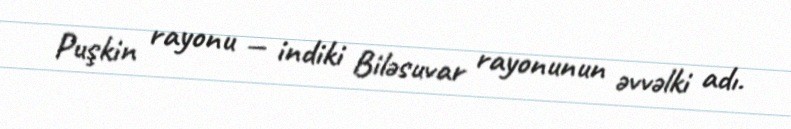
Puşkin rayonu — indiki Biləsuvar rayonunun əvvəlki adı.